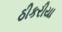
ઠીકરીયા